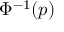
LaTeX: \Phi ^ { - 1 } ( p )